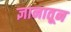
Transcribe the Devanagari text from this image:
ज्ञानातून